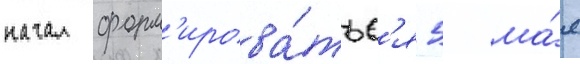
начал форм'ирова́тьс'я 5 ма́я